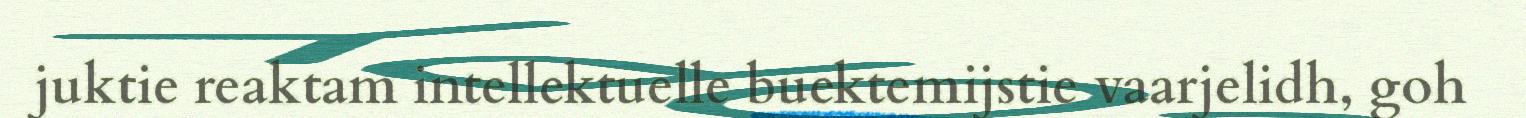
juktie reaktam intellektuelle buektemijstie vaarjelidh, goh